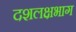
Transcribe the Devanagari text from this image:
दशलक्षभाग